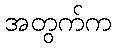
အတွက်က